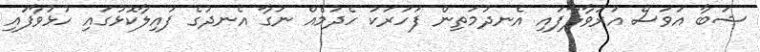
ޝަބާ އަވަސް އަރުވާލާފައި އެނދުމަތިން ފަހަރަކު ހެދުމެއް ނަގާ އެނދުގެ ފައިލާކޮޅުގައި ހުޅުވާފައި